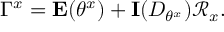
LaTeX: \Gamma ^ { x } = \mathbf { E } ( \theta ^ { x } ) + \mathbf { I } ( D _ { \theta ^ { x } } ) \mathcal { R } _ { x } .